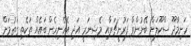
ހަނިމާދޫ ސްކޫލަށް ބޭނުންވާ ފަރުނީޗަރާއި މެޝިނަރީ އަދި އެހެނިހެން ބައެއް ތަކެތި ގަތުމަށް